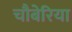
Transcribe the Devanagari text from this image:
चौबेरिया